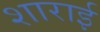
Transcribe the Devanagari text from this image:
शाराई